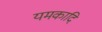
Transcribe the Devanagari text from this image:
यमकादि